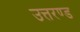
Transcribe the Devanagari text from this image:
उत्तरण्ड